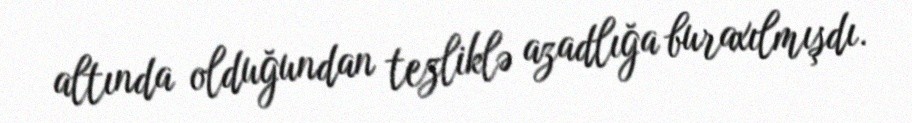
altında olduğundan tezliklə azadlığa buraxılmışdı.